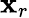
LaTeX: \textbf{x}_{r}